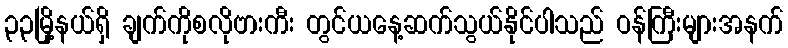
၃၃မြို့နယ်ရှိ ချက်ကိုစလိုဗားကီး တွင်ယနေ့ဆက်သွယ်နိုင်ပါသည် ဝန်ကြီးများအနက်